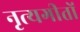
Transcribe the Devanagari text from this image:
नृत्यगीतों